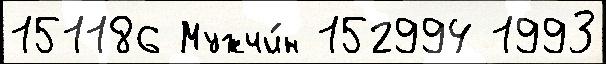
151186 Мужчи́н 152994 1993